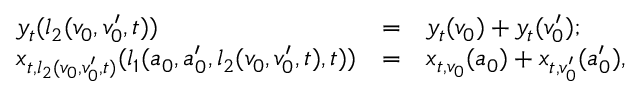
\begin{array} { r l r l } & { y _ { t } ( l _ { 2 } ( v _ { 0 } , v _ { 0 } ^ { \prime } , t ) ) } & { = } & { y _ { t } ( v _ { 0 } ) + y _ { t } ( v _ { 0 } ^ { \prime } ) ; } \\ & { x _ { t , l _ { 2 } ( v _ { 0 } , v _ { 0 } ^ { \prime } , t ) } ( l _ { 1 } ( a _ { 0 } , a _ { 0 } ^ { \prime } , l _ { 2 } ( v _ { 0 } , v _ { 0 } ^ { \prime } , t ) , t ) ) } & { = } & { x _ { t , v _ { 0 } } ( a _ { 0 } ) + x _ { t , v _ { 0 } ^ { \prime } } ( a _ { 0 } ^ { \prime } ) , } \end{array}